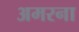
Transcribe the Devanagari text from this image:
अमरना